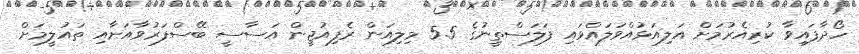
ހޯދާފައިވާ ކުރިއެރުމަށް އަލިއަޅުއްވަލައްވައި ފަލަސްތީނުގެ 5.5 މިލިއަން ރެފިއުޖީން އަސާސީ ބޭސްފަރުވާއަށާއި ތައުލީމަށް